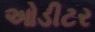
ઓડીટર